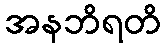
အနဘိရတိ